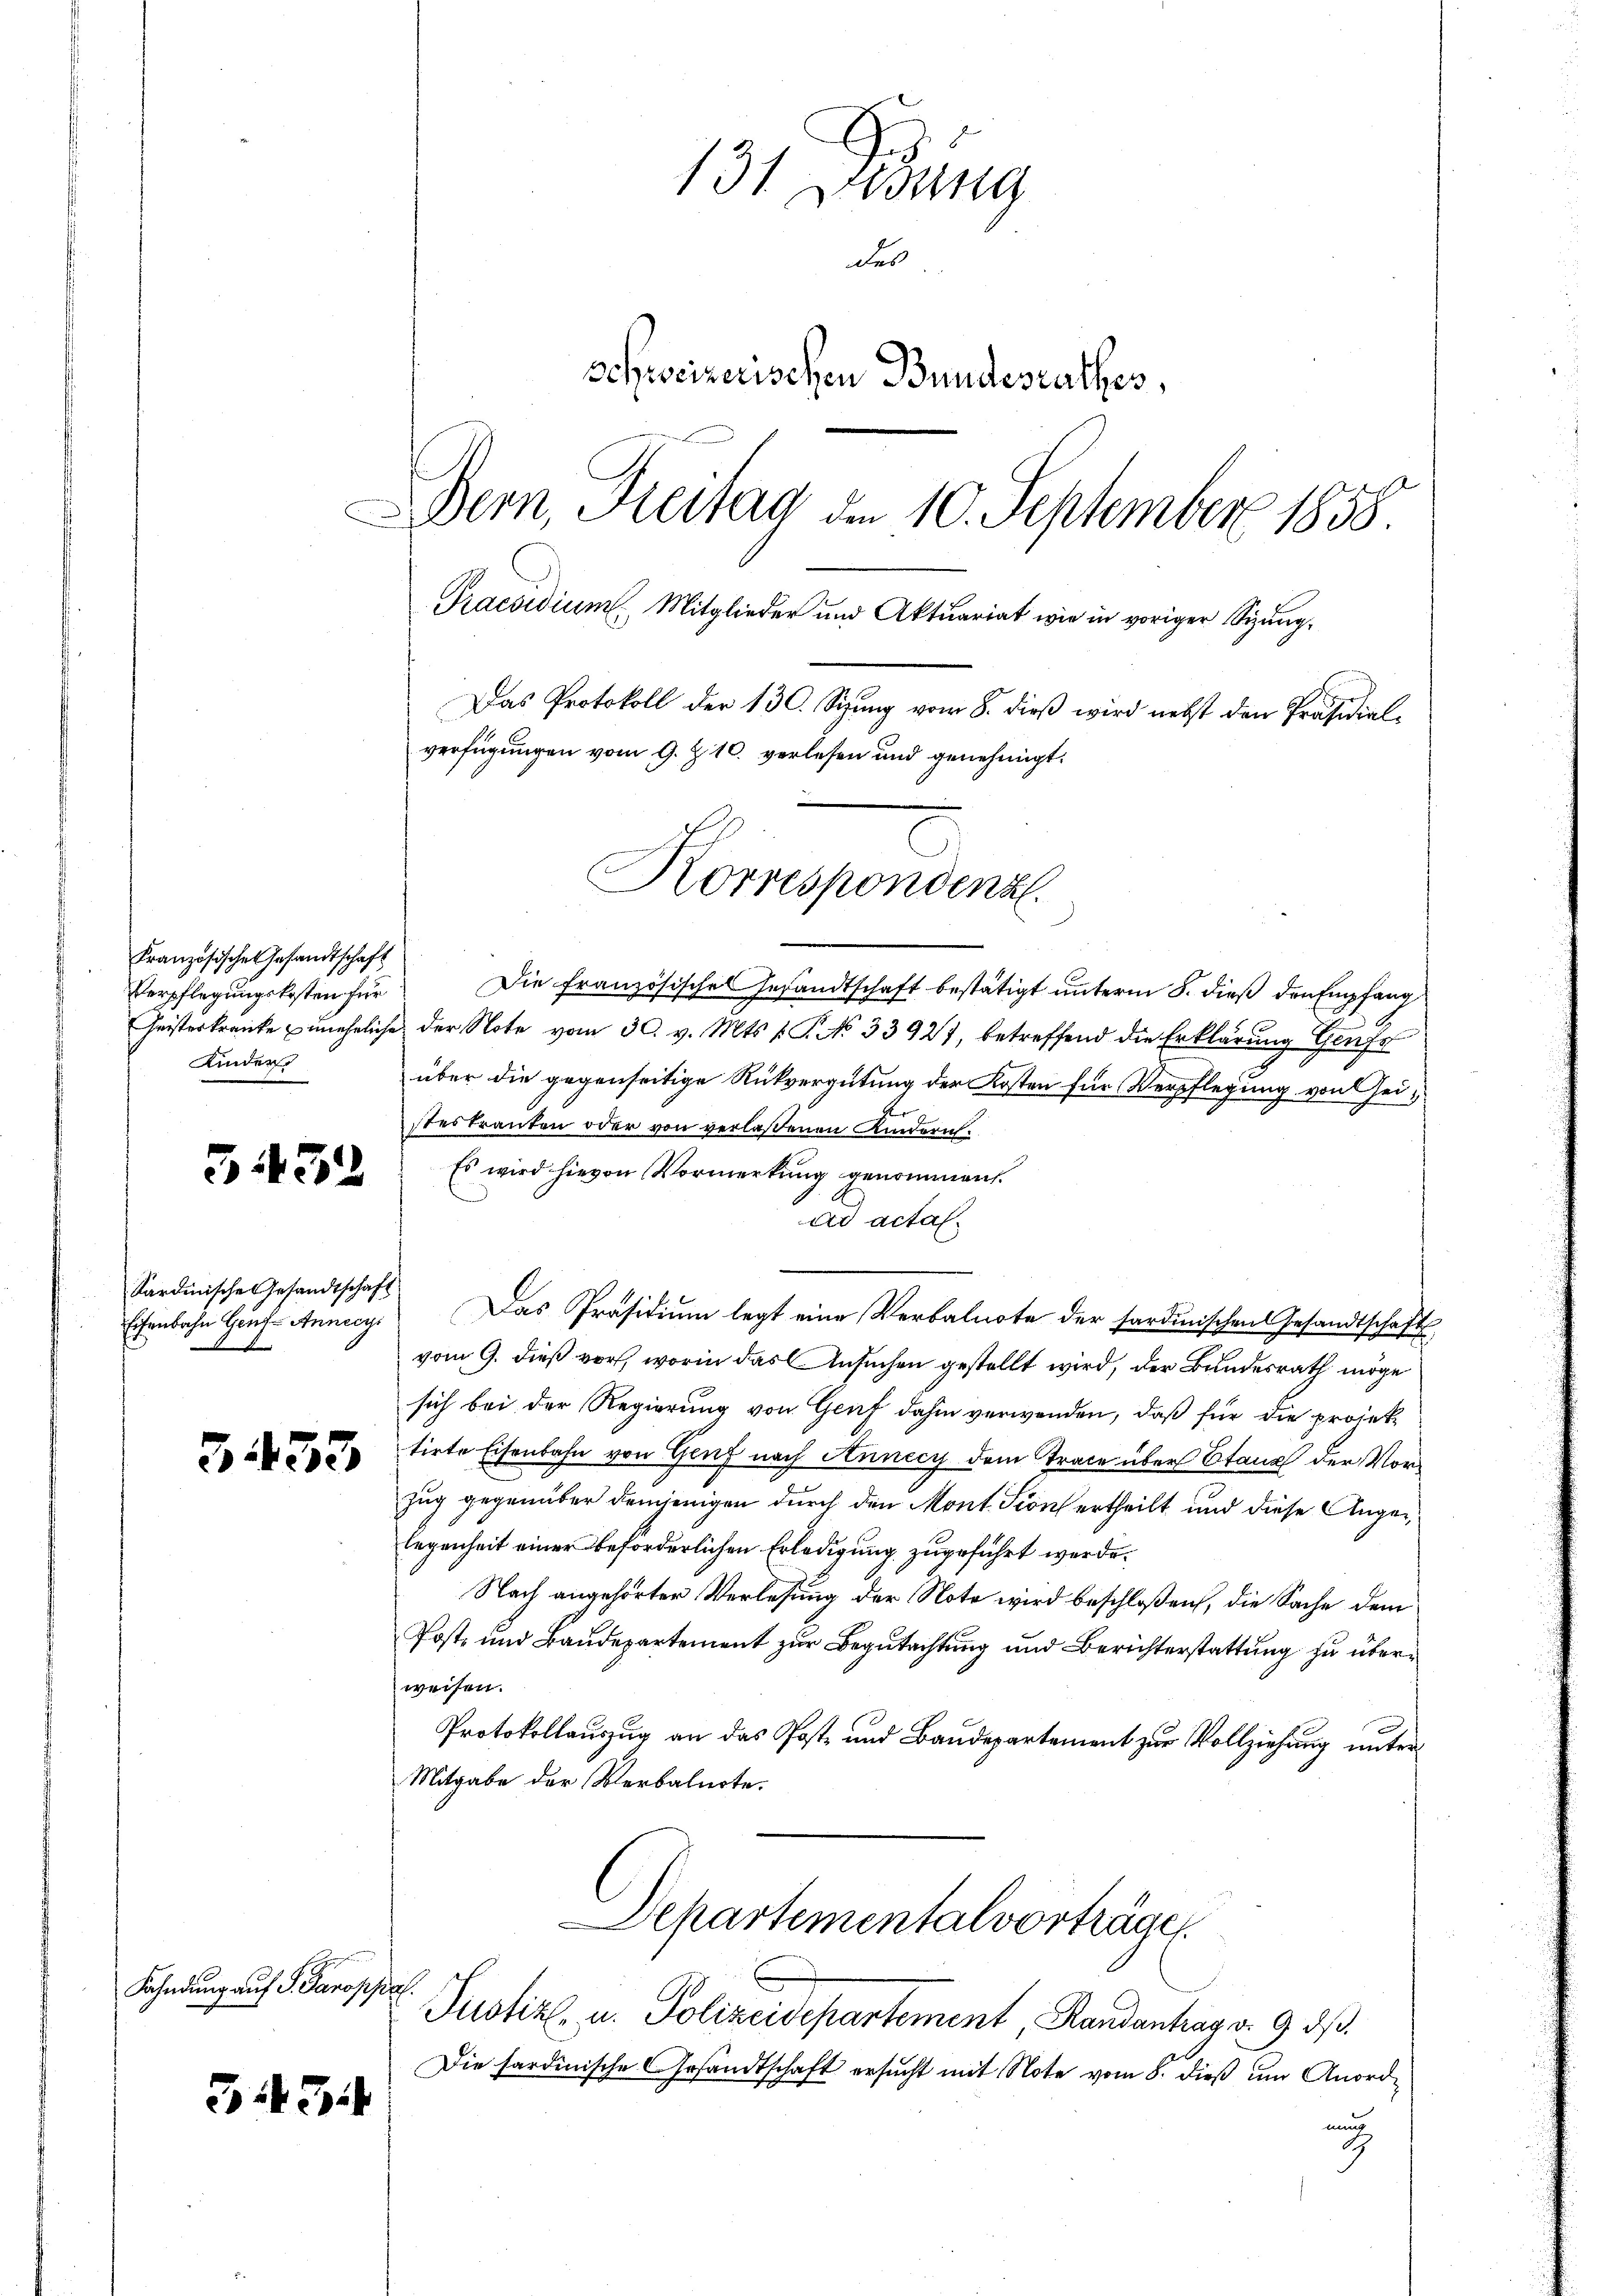
Französischen Gesandtschaft
Kinders

332

Sardinische Gesandtschaft

3453

Fahndung auf S. Paroppa.

34 Zi

131 Dedung
des
schreizerischen Bundesrathes,
Dern, Freitag am 10. September 1858.
Praesidium. Mitglieder und Aktuariat wie in voriger Sizung¬
Das Protokoll der 130. Sizung vom 8. dieß wird nebst den Präsidial-
verfügungen vom 9. Z. 10. verlesen und genehmigt.

Korrespondenz.

Verpflegŭngskosten für die französisches Gesandtschaft bestätigt ŭnterm 8. dieß den Empfang
Geisterkranke zuneheliche der Note vom 30. v. Mts. v. P. No 33927, betreffend die Erklärung Genfe
über die gegenseitige Rückvergütung der Kosten für Verpflegung von seistes trauten oder von verlaßenen Kindern.
Es wird hievon Vormerkung genommen.
ad actal.
Eisenbahn Hŭf Annecy. Das Präsidiŭm legt eine Verbalnote der sardinischen Gesandtschafts
vom 9. dieß vor, worin das Ansuchen gestellt wird, der Bundesrath möge
sich bei der Regierung von Genf dahin verwenden, daß für die projektirte Eisenbahn von Genf nach Annecy dem Trace über Stand der Vorzug gegenüber demjenigen durch den Mont. Sion ertheilt und diese Angelegenheit einer beförderlichen Erledigung zugeführt werde.
Nach angehörter Verlesung der Note wird beschloßen, die Sache dem
Post- und Baudepartement zur Begutachtung und Berichterstattung zu überweisen.
Protokollauszug an das Post- und Baudepartement zur Vollziehung unter
Mitgabe der Verbalnote.
Departementalvorträge

Justiz- u. Polizeidepartement Randanhar v. 9. dß.

Die sardinische Gesandtschaft ersucht mit Note vom 8. dieß um Anordmus
G